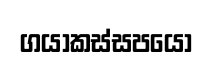
ගයාකස්සපයෝ